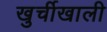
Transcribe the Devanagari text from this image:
खुर्चीखाली